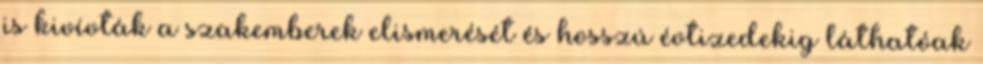
is kivívták a szakemberek elismerését és hosszú évtizedekig láthatóak